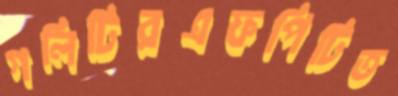
গলিটিরএফপিটিত